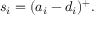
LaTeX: s _ { i } = ( a _ { i } - d _ { i } ) ^ { + } .